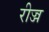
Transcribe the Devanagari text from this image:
रीज्ज